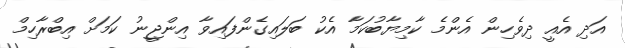
އަދި އެއީ ދިވެހިން އެންމެ ކާމިޔާބުކަމާ އެކު ބަލައިގެންފައިވާ އިންޖީނު ކަމަށް އިބްރާހިމް